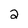
Character: 2